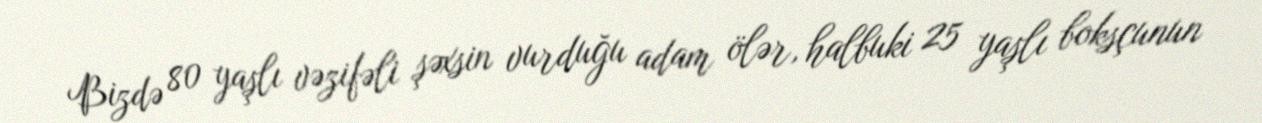
Bizdə 80 yaşlı vəzifəli şəxsin vurduğu adam ölər, halbuki 25 yaşlı boksçunun